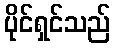
ပိုင်ရှင်သည်